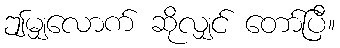
ဤမျှလောက် ဆိုလျှင် တော်ပြီ။